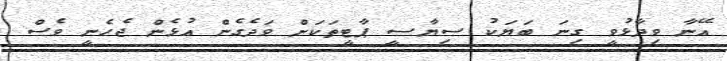
އޭނާ ވިދާޅުވީ ގިނަ ބަޔަކު ސިޔާސީ ޕާޓީތަކަށް ވަދެގެން އުޅެން ޖެހެނީ ވެސް